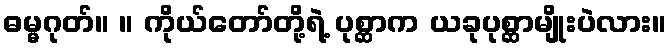
ဓမ္မဂုတ်။ ။ ကိုယ်တော်တို့ရဲ့ ပုစ္ဆာက ယခုပုစ္ဆာမျိုးပဲလား။